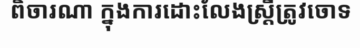
ពិចារណា ក្នុងការដោះលែងស្ត្រីត្រូវចោទ